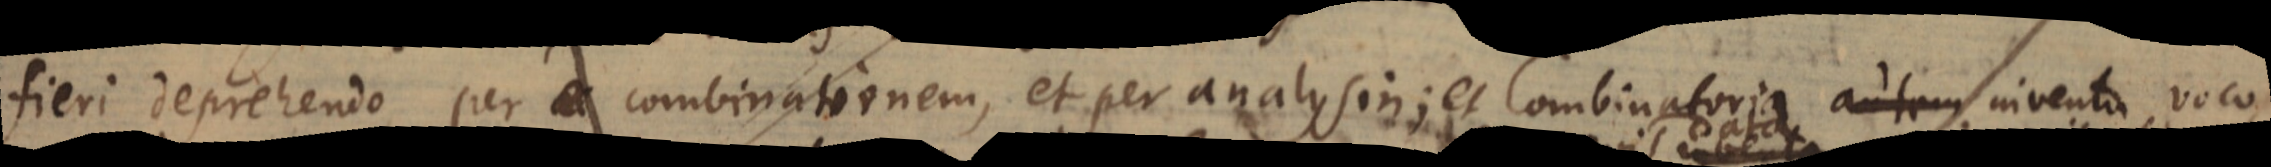
fieri deprehendo, per combinationem, et per analysin; et Combinatoria autem inventa voco